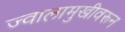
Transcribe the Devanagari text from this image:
ज्वालामुखीवरून